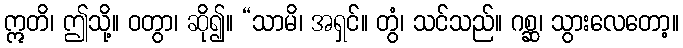
ဣတိ၊ ဤသို့။ ဝတွာ၊ ဆို၍။ “သာမိ၊ အရှင်။ တွံ၊ သင်သည်။ ဂစ္ဆ၊ သွားလေတော့။